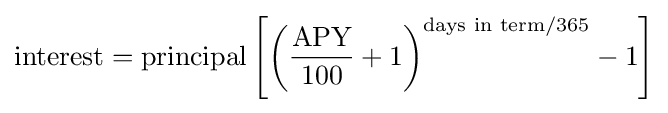
{\text{interest}}={\text{principal}}\left[\left({\frac {\text{APY}}{100}}+1\right)^{{\text{days in term}}/365}-1\right]